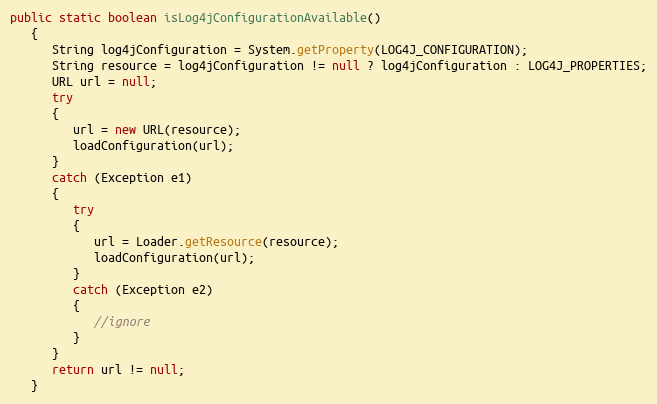
Language: Java
public static boolean isLog4jConfigurationAvailable()
   {
      String log4jConfiguration = System.getProperty(LOG4J_CONFIGURATION);
      String resource = log4jConfiguration != null ? log4jConfiguration : LOG4J_PROPERTIES;
      URL url = null;
      try
      {
         url = new URL(resource);
         loadConfiguration(url);
      }
      catch (Exception e1)
      {
         try
         {
            url = Loader.getResource(resource);
            loadConfiguration(url);
         }
         catch (Exception e2)
         {
            //ignore
         }
      }
      return url != null;
   }